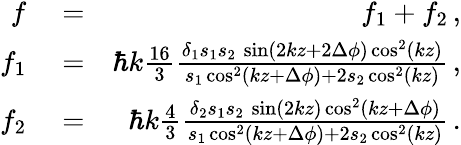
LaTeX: \begin{array}{rlr}{f}&{{}=}&{f_{1}+f_{2}\, ,}\\ {f_{1}}&{{}=}&{\hbar k\frac{16}{3}\frac{\delta_{1}s_{1}s_{2}\, \sin(2kz+2\Delta\phi)\cos^{2}(kz)}{s_{1}\cos^{2}(kz+\Delta\phi)+2s_{2}\cos^{2}(kz)}\, ,}\\ {f_{2}}&{{}=}&{\hbar k\frac{4}{3}\frac{\delta_{2}s_{1}s_{2}\, \sin(2kz)\cos^{2}(kz+\Delta\phi)}{s_{1}\cos^{2}(kz+\Delta\phi)+2s_{2}\cos^{2}(kz)}\, .}\end{array}